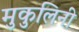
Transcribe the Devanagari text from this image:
मुकुलिनी